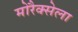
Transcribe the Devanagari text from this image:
मोरैक्सेला